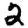
Digit: 2